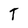
Character: T